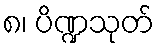
၈၊ ပိဏ္ဍသုတ်